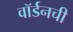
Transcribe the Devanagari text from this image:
वॉर्डनची